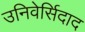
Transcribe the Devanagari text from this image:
उनिवेर्सिदाद